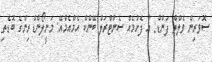
ސޮވަރިން ވެލްތް ފަންޑް: އާ ފެށުމެއް ސެންޓްރަލް ބޭންކް އެމްއެމްއޭ: މަނީލޯންޑްރިންގެ ބޮޑެތި